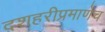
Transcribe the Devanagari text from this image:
दशहरीप्रमाणेच